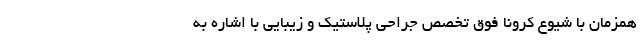
همزمان با شیوع کرونا فوق تخصص جراحی پلاستیک و زیبایی با اشاره به